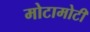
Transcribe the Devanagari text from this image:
मोटामोटी